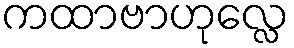
ကထာဗာဟုလ္လေ